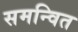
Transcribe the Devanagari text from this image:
समन्‍वित